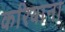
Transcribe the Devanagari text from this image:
करियाना